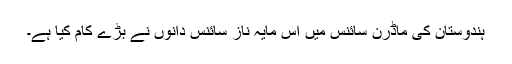
ہندوستان کی ماڈرن سائنس میں اس مایہ ناز سائنس دانوں نے بڑے کام کیا ہے۔